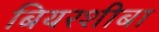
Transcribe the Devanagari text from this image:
बियरशीबा